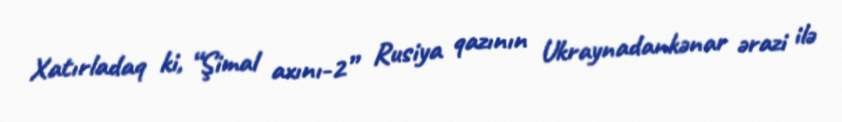
Xatırladaq ki, “Şimal axını-2” Rusiya qazının Ukraynadankənar ərazi ilə